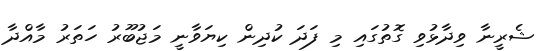
ޝެރީނާ ވިދާޅުވި ގޮތުގައި މި ފަދަ ކުދިން ކިޔަވާނީ މަޖުބޫރު ހަތަރު މާއްދާ